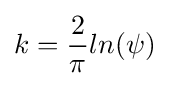
k={\frac {2}{\pi }}ln(\psi )